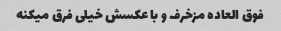
فوق العاده مزخرف و با عکسش خیلی فرق میکنه